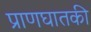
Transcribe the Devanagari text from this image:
प्राणघातकी